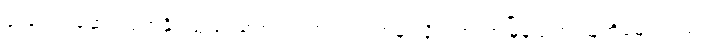
ပူးပေါင်းဆောင်ရွက်နိုင်သည် သတင်းရဲတပ်ဖွဲ့ဘက်မှ လှိုင်သာယာမြို့နယ်က သူတို့ခမျာလည်း